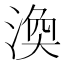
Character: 渙